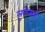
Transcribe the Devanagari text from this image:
लुकेसरी